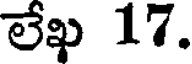
లేఖ 17.